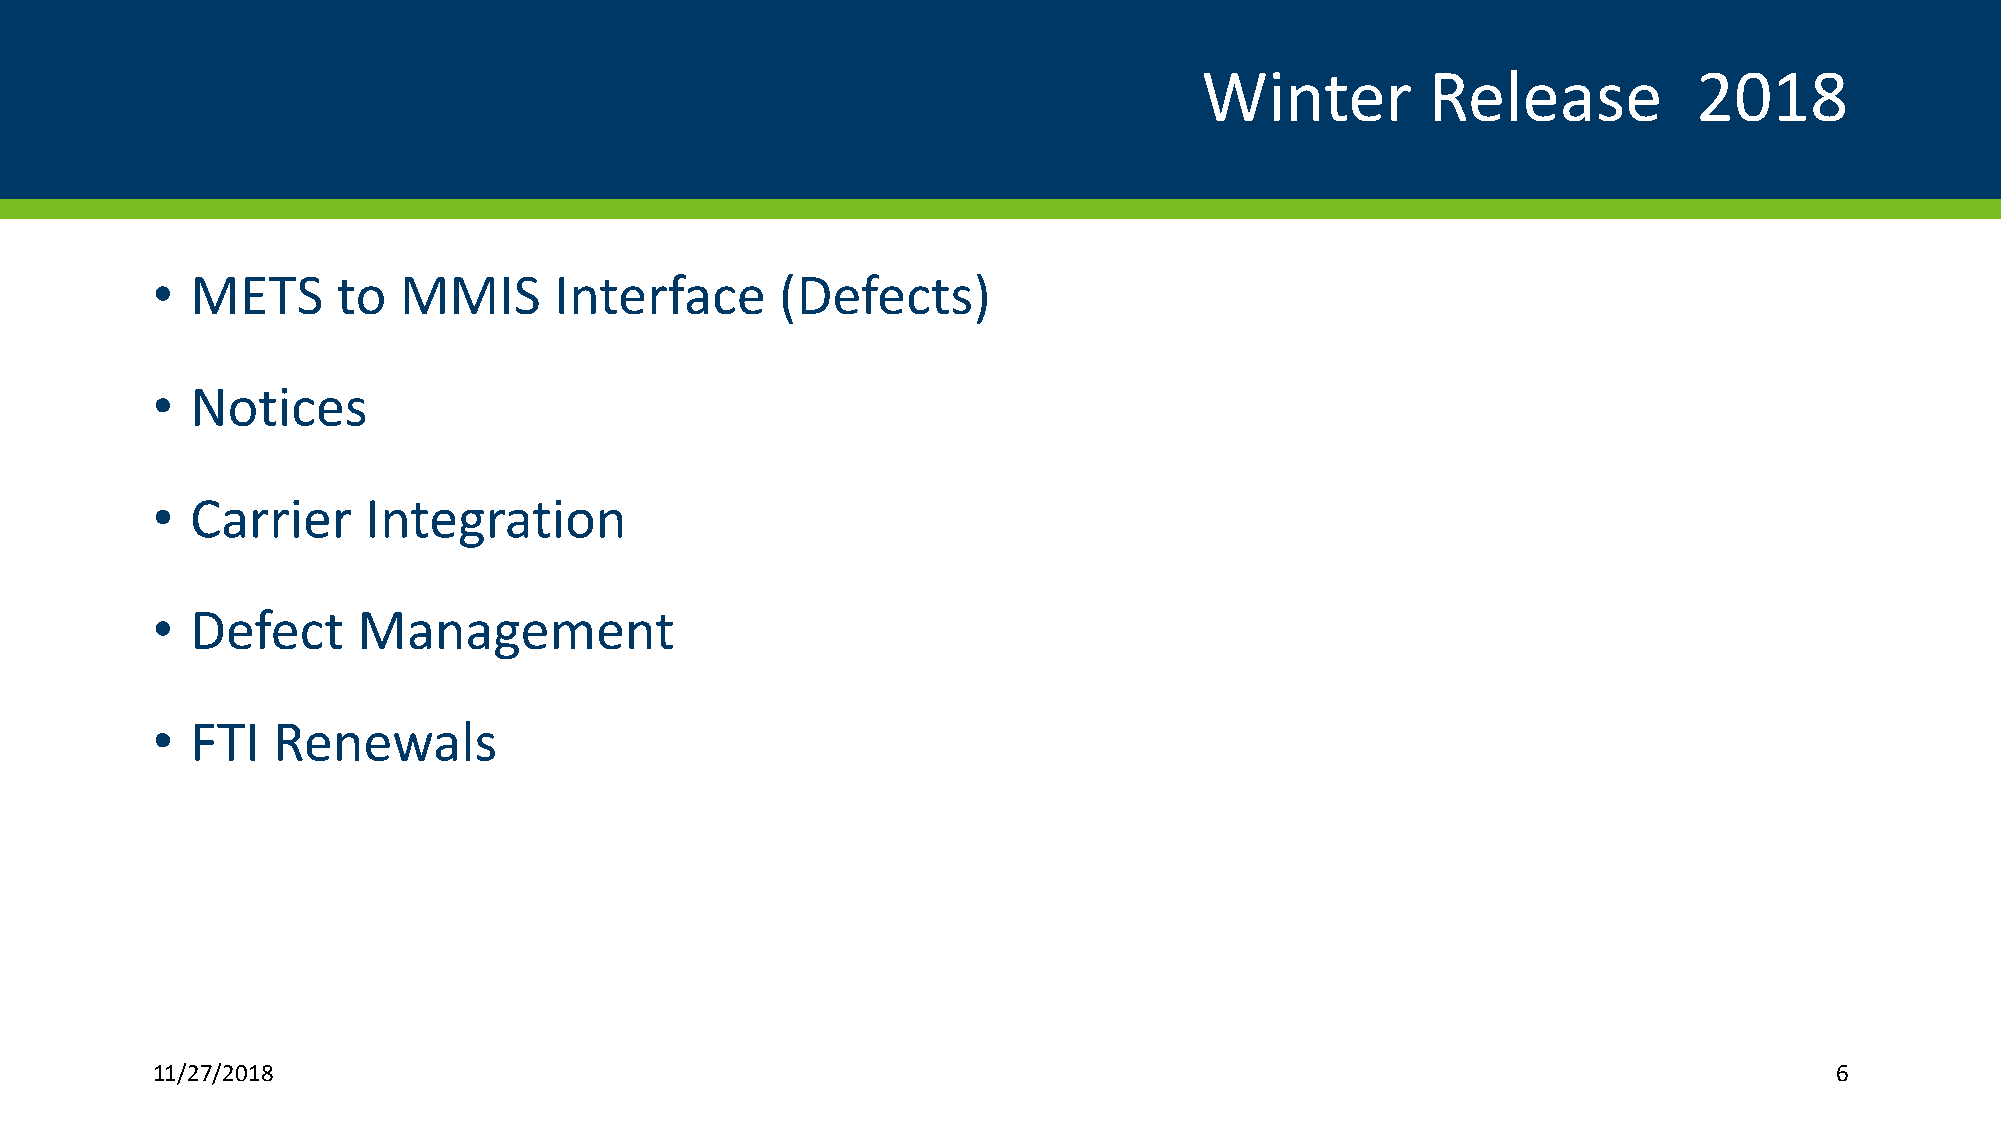
Winter          Release          2018
 •  METS     to  MMIS       Interface      (Defects)
 •  Notices
 •  Carrier    Integration
 •  Defect     Management
 •  FTI  Renewals
 11/27/2018                                                                                                     6